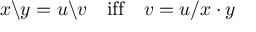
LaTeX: x \backslash y = u \backslash v \quad { \mathrm { i f f } } \quad v = u / x \cdot y